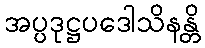
အပ္ပဒုဋ္ဌပဒေါသိနန္တိ